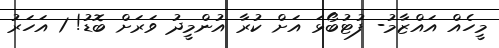
މީހެއް އައްޒާމު- ފުޓުބޯޅަ އަށް ކުރާ އުންމީދު ވަރަށް ބޮޑު! 1 އަހަރު